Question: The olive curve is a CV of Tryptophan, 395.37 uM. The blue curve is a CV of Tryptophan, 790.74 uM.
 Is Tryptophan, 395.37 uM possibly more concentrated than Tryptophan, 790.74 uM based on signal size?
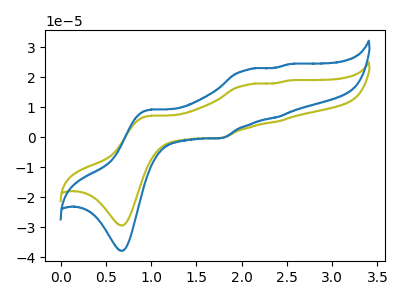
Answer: <think>The olive curve "Tryptophan, 395.37 uM" has anodic peaks at (1.00V, 7.10uA) (2.05V, 17.45uA) (2.40V, 5.15uA) (2.50V, 18.85uA) and cathodic peaks at (0.70V, -29.40uA) (1.80V, -0.25uA). The blue curve "Tryptophan, 790.74 uM" has anodic peaks at (1.00V, 9.15uA) (2.05V, 22.45uA) (2.40V, 6.65uA) (2.50V, 24.30uA) and cathodic peaks at (0.70V, -37.85uA) (1.80V, -0.35uA).
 All the peaks in "Tryptophan, 395.37 uM" have a peak in "Tryptophan, 790.74 uM" at the same potential. Every peak in "Tryptophan, 395.37 uM" is lower than every peak in "Tryptophan, 790.74 uM".</think>
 <answer>"Tryptophan, 395.37 uM" has less signal than "Tryptophan, 790.74 uM".</answer>
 <eval>less_signal</eval>